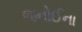
જનોઈના